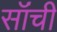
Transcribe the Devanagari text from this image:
सॉंची